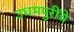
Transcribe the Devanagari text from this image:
उधमपुरींचे